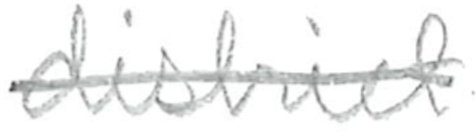
Text: district
Cross-out: single-line
Writing tool: pencil